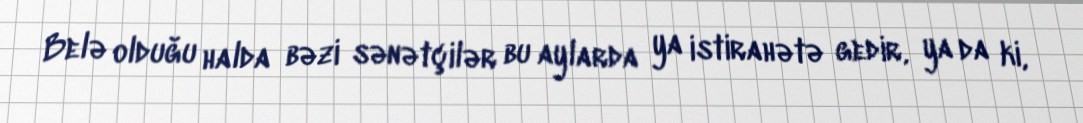
Belə olduğu halda bəzi sənətçilər bu aylarda ya istirahətə gedir, ya da ki,